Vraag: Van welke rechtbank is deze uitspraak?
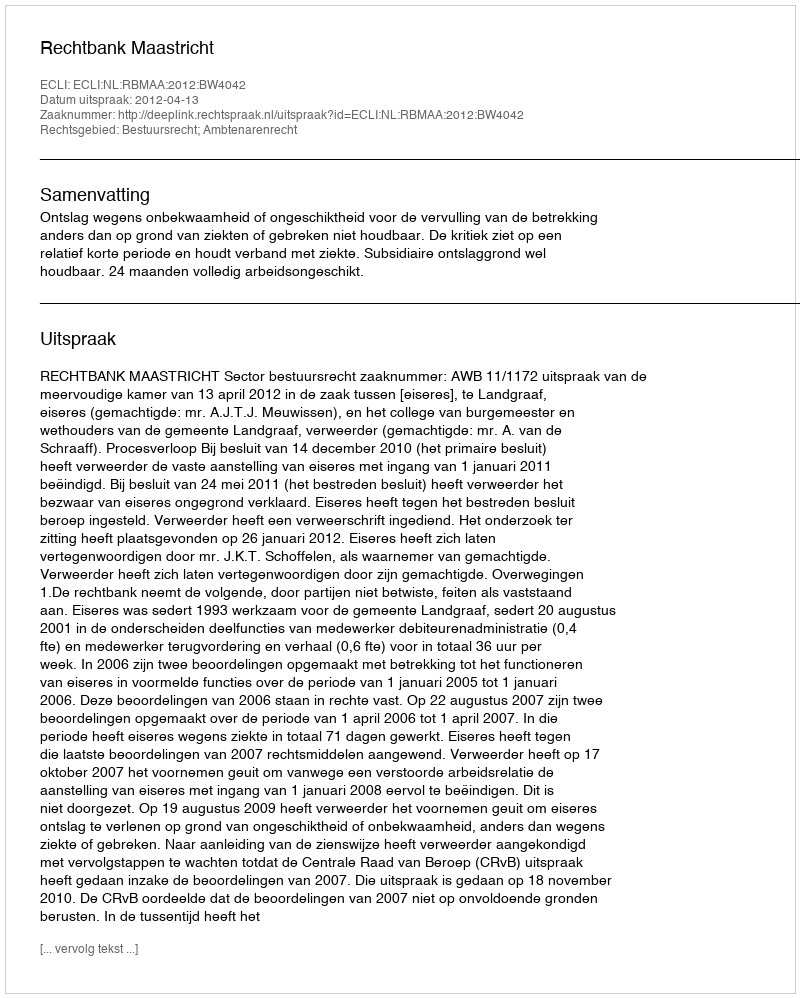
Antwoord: Rechtbank Maastricht